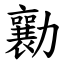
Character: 勷